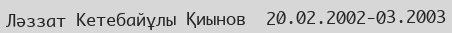
Ләззат Кетебайұлы Қиынов  20.02.2002-03.2003